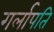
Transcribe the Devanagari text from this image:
गर्लापति